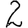
Digit: 2